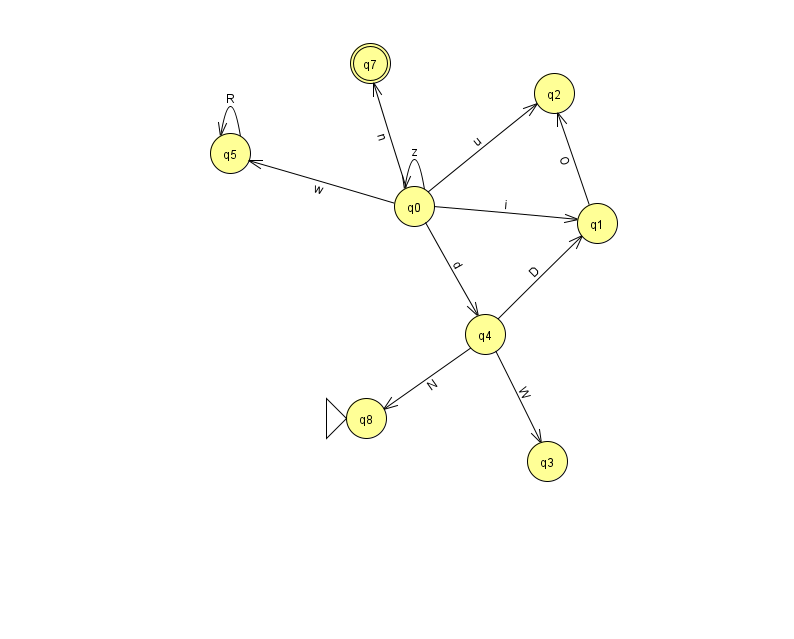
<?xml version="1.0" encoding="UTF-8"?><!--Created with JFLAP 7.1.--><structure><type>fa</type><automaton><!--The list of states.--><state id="0" name="q0"><x>414.0</x><y>193.0</y></state><state id="1" name="q1"><x>597.0</x><y>210.0</y></state><state id="2" name="q2"><x>554.0</x><y>80.0</y></state><state id="3" name="q3"><x>547.0</x><y>448.0</y></state><state id="4" name="q4"><x>485.0</x><y>321.0</y></state><state id="5" name="q5"><x>230.0</x><y>140.0</y></state><state id="7" name="q7"><x>370.0</x><y>50.0</y><final/></state><state id="8" name="q8"><x>366.0</x><y>405.0</y><initial/></state><!--The list of transitions.--><transition><from>0</from><to>2</to><read>u</read></transition><transition><from>5</from><to>5</to><read>R</read></transition><transition><from>0</from><to>1</to><read>i</read></transition><transition><from>4</from><to>3</to><read>W</read></transition><transition><from>0</from><to>4</to><read>d</read></transition><transition><from>0</from><to>7</to><read>n</read></transition><transition><from>1</from><to>2</to><read>O</read></transition><transition><from>4</from><to>8</to><read>N</read></transition><transition><from>0</from><to>5</to><read>w</read></transition><transition><from>0</from><to>0</to><read>z</read></transition><transition><from>4</from><to>1</to><read>D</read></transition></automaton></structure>